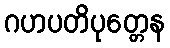
ဂဟပတိပုတ္တေန